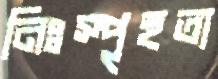
নিঃস্পৃহতা